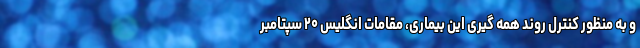
و به منظور کنترل روند همه گیری این بیماری، مقامات انگلیس ۲۰ سپتامبر